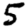
Digit: 5